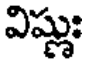
విష్ణుః